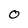
Character: O